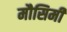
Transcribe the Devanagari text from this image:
मौसिमी